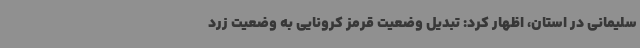
سلیمانی در استان، اظهار کرد: تبدیل وضعیت قرمز کرونایی به وضعیت زرد